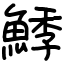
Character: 鯚